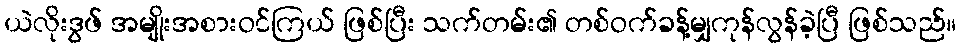
ယဲလိုးဒွဖ် အမျိုးအစားဝင်ကြယ် ဖြစ်ပြီး သက်တမ်း၏ တစ်ဝက်ခန့်မျှကုန်လွန်ခဲ့ပြီ ဖြစ်သည်။